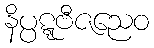
နိပ္ပဋ္ဋဗီဇညေဝ